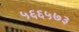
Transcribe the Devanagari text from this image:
५६६५७३